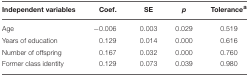
<table><thead><tr><td><b>Independent variables</b></td><td><b>Coef.</b></td><td><b>SE</b></td><td><b><i>p</i></b></td><td><b>Tolerance<sup>a</sup></b></td></tr></thead><tbody><tr><td>Age</td><td>−0.006</td><td>0.003</td><td>0.029</td><td>0.519</td></tr><tr><td>Years of education</td><td>0.129</td><td>0.014</td><td>0.000</td><td>0.616</td></tr><tr><td>Number of offspring</td><td>0.167</td><td>0.032</td><td>0.000</td><td>0.760</td></tr><tr><td>Former class identity</td><td>0.129</td><td>0.073</td><td>0.039</td><td>0.980</td></tr></tbody></table>